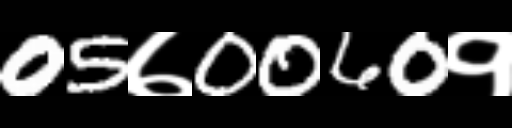
Text: 05७0060१